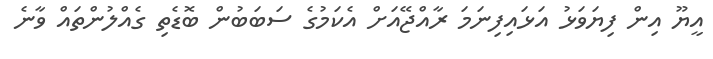
އީޔޫ އިން ފިޔަވަޅު އަޅައިފިނަމަ ރާއްޖޭއަށް އެކަމުގެ ސަބަބުން ބޮޑެތި ގެއްލުންތައް ވާނެ